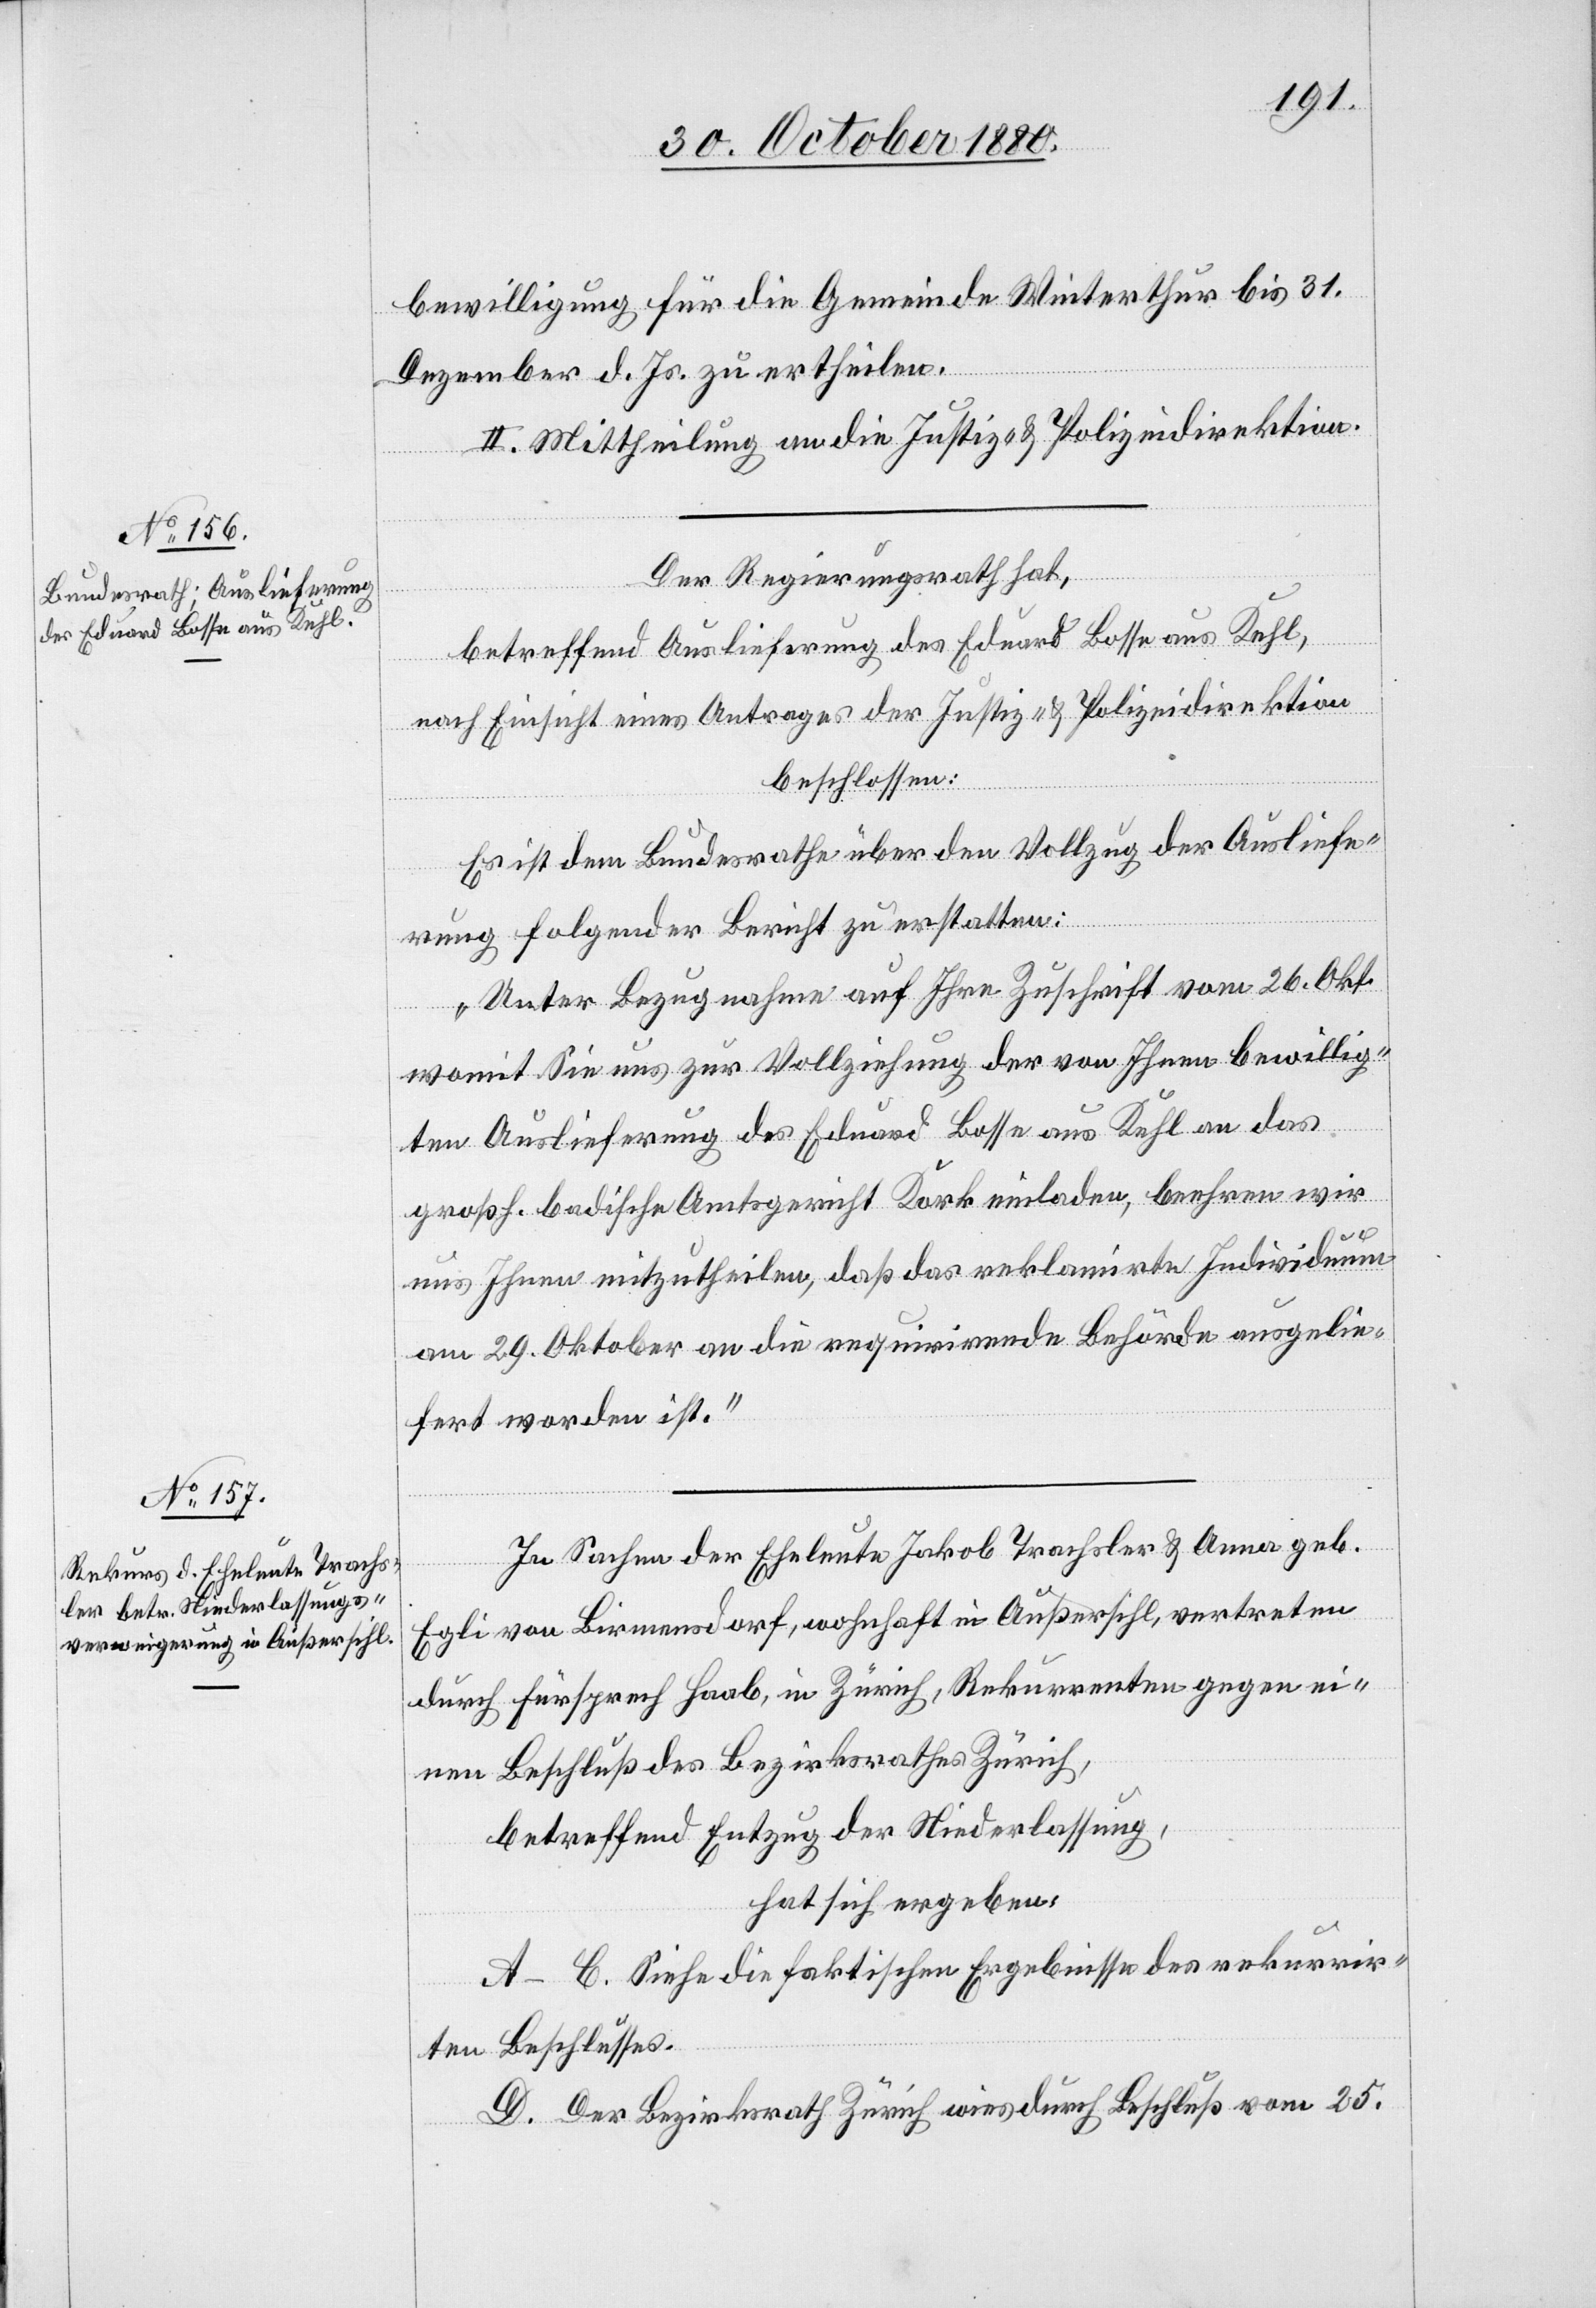
bewilligung für die Gemeinde Winterthur bis 31.
Dezember d. Js. zu ertheilen.
II. Mittheilung an die Justiz- & Polizeidirektion.
Der Regierungsrath hat,
betreffend Auslieferung des Eduard Bosse aus Kehl,
nach Einsicht eines Antrages der Justiz- & Polizeidirektion
beschlossen:
Es ist dem Bundesrathe über den Vollzug der Ausliefe¬
rung folgender Bericht zu erstatten:
„Unter Bezugnahme auf Ihre Zuschrift vom 26. Okt.
womit Sie uns zur Vollziehung der von Ihnen bewillig¬
ten Auslieferung des Eduard Bosse aus Kehl an das
großh. badische Amtsgericht Kork einladen, beehren wir
uns Ihnen mitzutheilen, daß das reklamirte Individuum
am 29. Oktober an die requirirende Behörde ausgelie¬
fert worden ist.“
In Sachen der Eheleute Jakob Trachsler & Anna geb.
Egli von Birmensdorf, wohnhaft in Außersihl, vertreten
durch Fürsprech Haab, in Zürich, Rekurrenten gegen ei¬
nen Beschluß des Bezirksrathes Zürich,
betreffend Entzug der Niederlassung,
hat sich ergeben:
A–C. Siehe die faktischen Ergebnisse des rekurrir¬
ten Beschlusses.
D. Der Bezirksrath Zürich wies durch Beschluß vom 25.